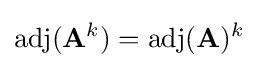
\operatorname {adj} (\mathbf {A} ^{k})=\operatorname {adj} (\mathbf {A} )^{k}